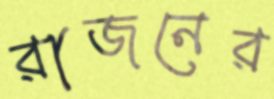
রাজনের